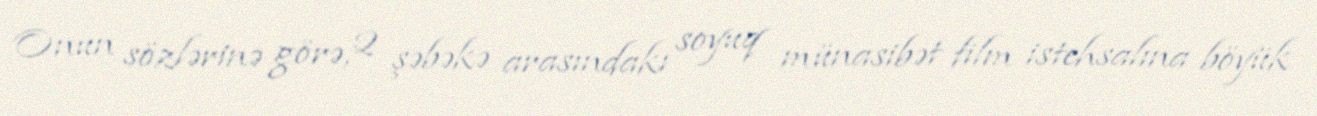
Onun sözlərinə görə, 2 şəbəkə arasındakı soyuq münasibət film istehsalına böyük